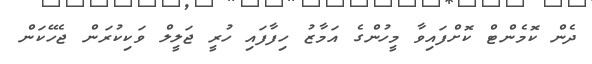
ދެން ކޮމެންޓް ކޮށްފައިވާ މީހުންގެ އަމާޒު ހިފާފައި ހުރީ ޖަލީލް ވަކިކުރަން ޖެހޭކަން